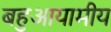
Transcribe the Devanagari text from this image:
बहुआयामीय